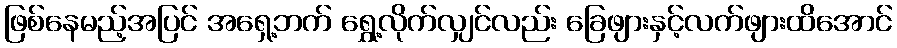
ဖြစ်နေမည့်အပြင် အရှေ့ဘက် ရွှေ့လိုက်လျှင်လည်း ခြေဖျားနှင့်လက်ဖျားထိအောင်